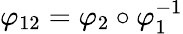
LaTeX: \varphi_{12}=\varphi_{2}\circ\varphi_{1}^{-1}